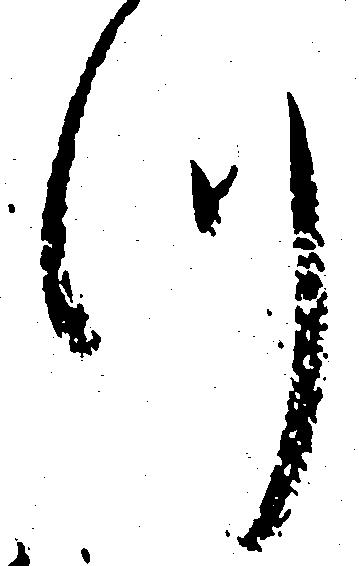
つ